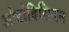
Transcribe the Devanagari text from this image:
ओर्डोविसियन